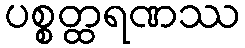
ပစ္စတ္ထရဏဿ